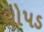
ચોપડ